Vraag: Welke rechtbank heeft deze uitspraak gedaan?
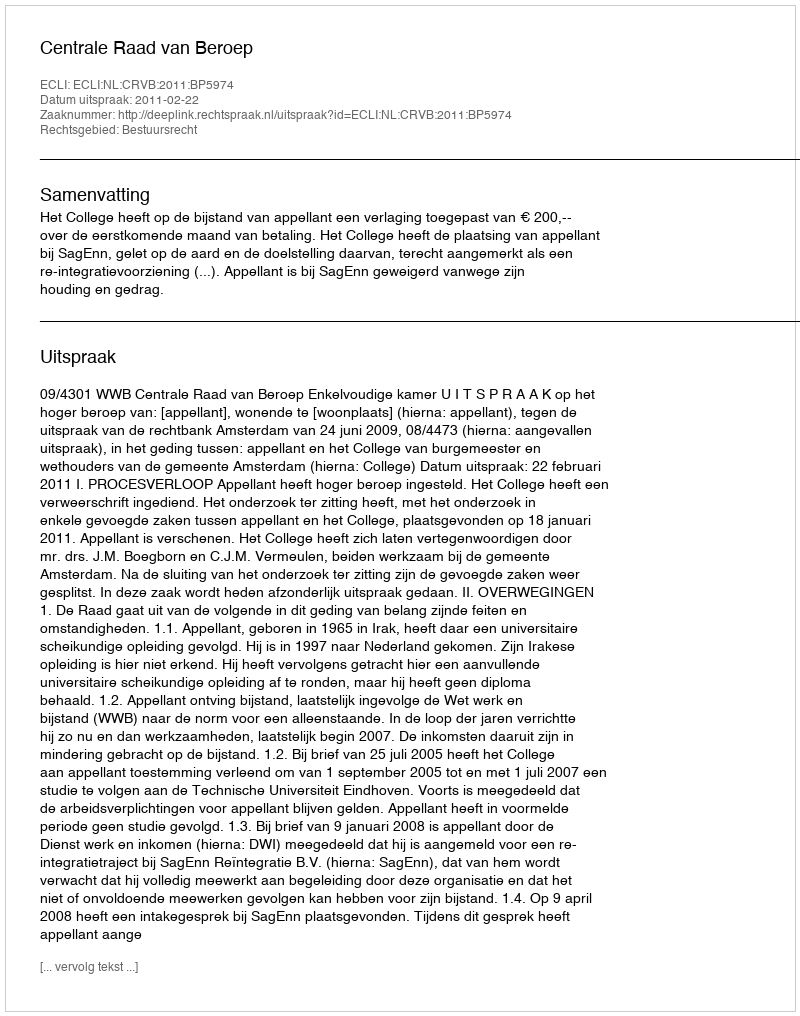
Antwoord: Centrale Raad van Beroep